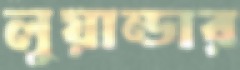
লুয়ান্ডার